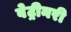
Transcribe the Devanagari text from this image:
वेट्रीनरी